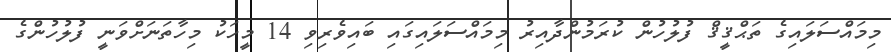
މިމައްސަލައިގެ ތަޙްޤީޤް ފުލުހުން ކުރަމުންދާއިރު މިމައްސަލައިގައި ބައިވެރިވި 14 މީހަކު މިހާތަނަށްވަނީ ފުލުހުންގެ